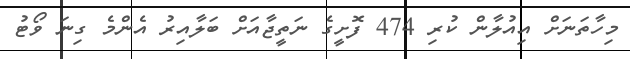
މިހާތަނަށް އިއުލާން ކުރި 474 ފޮށީގެ ނަތީޖާއަށް ބަލާއިރު އެންމެ ގިނަ ވޯޓު